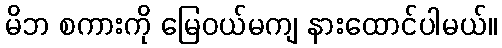
မိဘ စကားကို မြေဝယ်မကျ နားထောင်ပါမယ်။